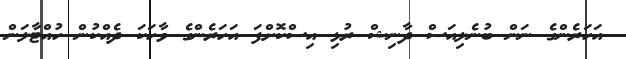
އަހަރެންގެ ނަން ބުނެލިއަސް ދާނިޝް ރުޅި އިސްކޮށްފަ އަހަރެންގެ ވާހަކަ ދެއްކުން ހުއްޓާލަން